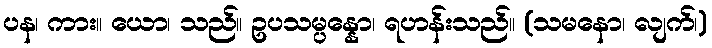
ပန၊ ကား။ ယော၊ သည်။ ဥပသမ္ပန္နော၊ ရဟန်းသည်။ (သမနော၊ လျက်၊)